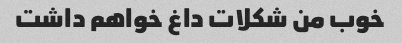
خوب من شکلات داغ خواهم داشت